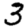
Digit: 3